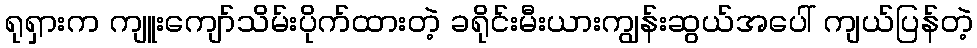
ရုရှားက ကျူးကျော်သိမ်းပိုက်ထားတဲ့ ခရိုင်းမီးယားကျွန်းဆွယ်အပေါ် ကျယ်ပြန်တဲ့